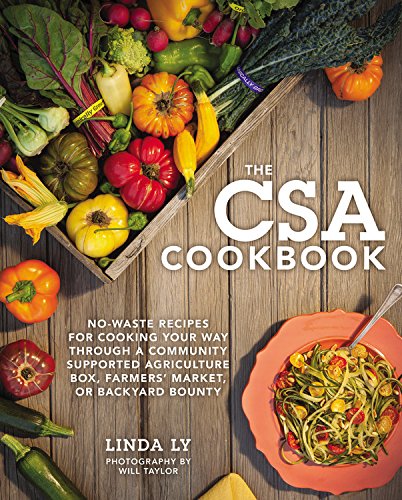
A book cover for The CSA Cookbook: No-Waste Recipes for Cooking Your Way Through a Community Supported Agriculture Box, Farmers' Market, or Backyard Bounty; Linda Ly; Cookbooks, Food & Wine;